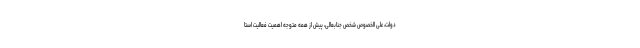
دولت، علی الخصوص شخص جنابعالی، پیش از همه متوجه اهمیت فعالیت استا